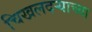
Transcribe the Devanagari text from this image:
चिखलदर्‍याच्या